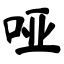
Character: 哑